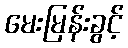
မေးမြန်းခွင့်